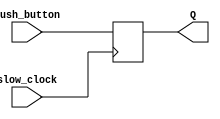
`timescale 1ns / 1ps
//////////////////////////////////////////////////////////////////////////////////
// Company: 
// Engineer: 
// 
// Design Name: 
// Module Name: my_dff
// Project Name: 
// Target Devices: 
// Tool Versions: 
// Description: 
// 
// Dependencies: 
// 
// Revision:
// Revision 0.01 - File Created
// Additional Comments:
// 
//////////////////////////////////////////////////////////////////////////////////


module my_dff(
    input slow_clock, 
    input push_button, 
    output reg Q = 0
    );
    always @(posedge slow_clock)begin
        Q <= push_button;
    end
endmodule